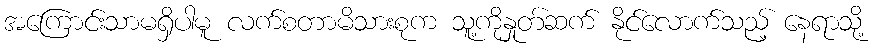
အကြောင်းသာမရှိပါမူ လက်စတာမိသားစုက သူ့ကိုနှုတ်ဆက် နိုင်လောက်သည့် နေရာသို့